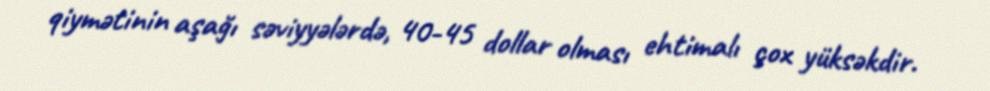
qiymətinin aşağı səviyyələrdə, 40-45 dollar olması ehtimalı çox yüksəkdir.